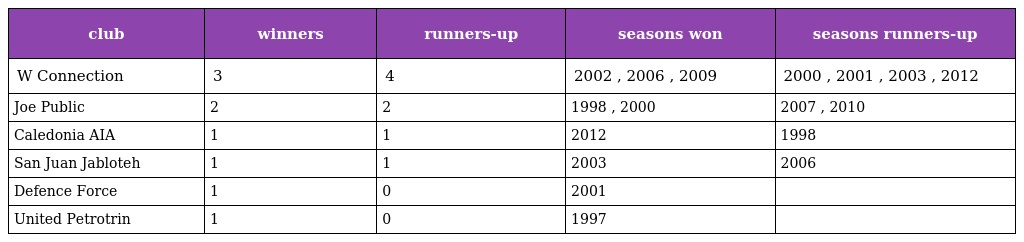
| club | winners | runners-up | seasons won | seasons runners-up |
 | --- | --- | --- | --- | --- |
 | W Connection | 3 | 4 | 2002 , 2006 , 2009 | 2000 , 2001 , 2003 , 2012 |
 | Joe Public | 2 | 2 | 1998 , 2000 | 2007 , 2010 |
 | Caledonia AIA | 1 | 1 | 2012 | 1998 |
 | San Juan Jabloteh | 1 | 1 | 2003 | 2006 |
 | Defence Force | 1 | 0 | 2001 |  |
 | United Petrotrin | 1 | 0 | 1997 |  |